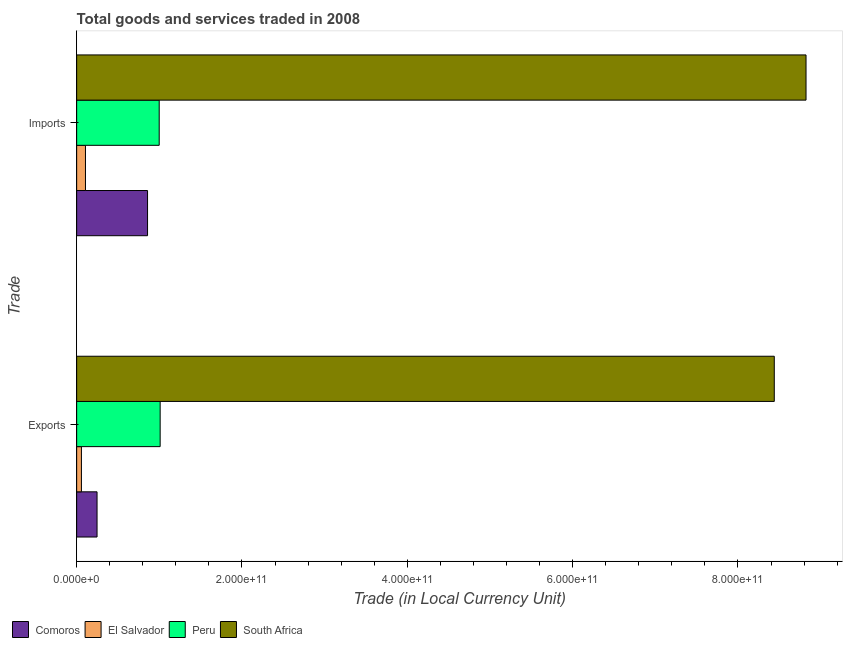
| Trade | Comoros | El Salvador | Peru | South Africa |
 | --- | --- | --- | --- | --- |
 | Exports | 2.47e+10 | 5.76e+09 | 1.01e+11 | 8.44e+11 |
 | Imports | 8.58e+10 | 1.07e+10 | 9.99e+10 | 8.82e+11 |